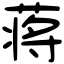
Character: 蒋